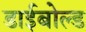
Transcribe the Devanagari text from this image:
डाईबोल्ड